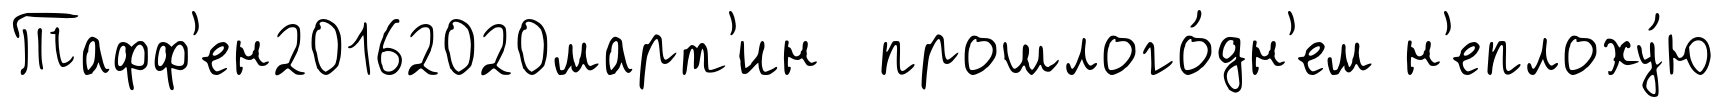
Тафф'ен20162020март'ин прошлого́дн'ем н'еплоху́ю